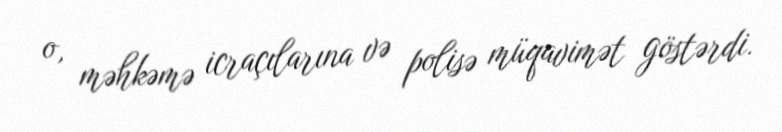
o, məhkəmə icraçılarına və polisə müqavimət göstərdi.